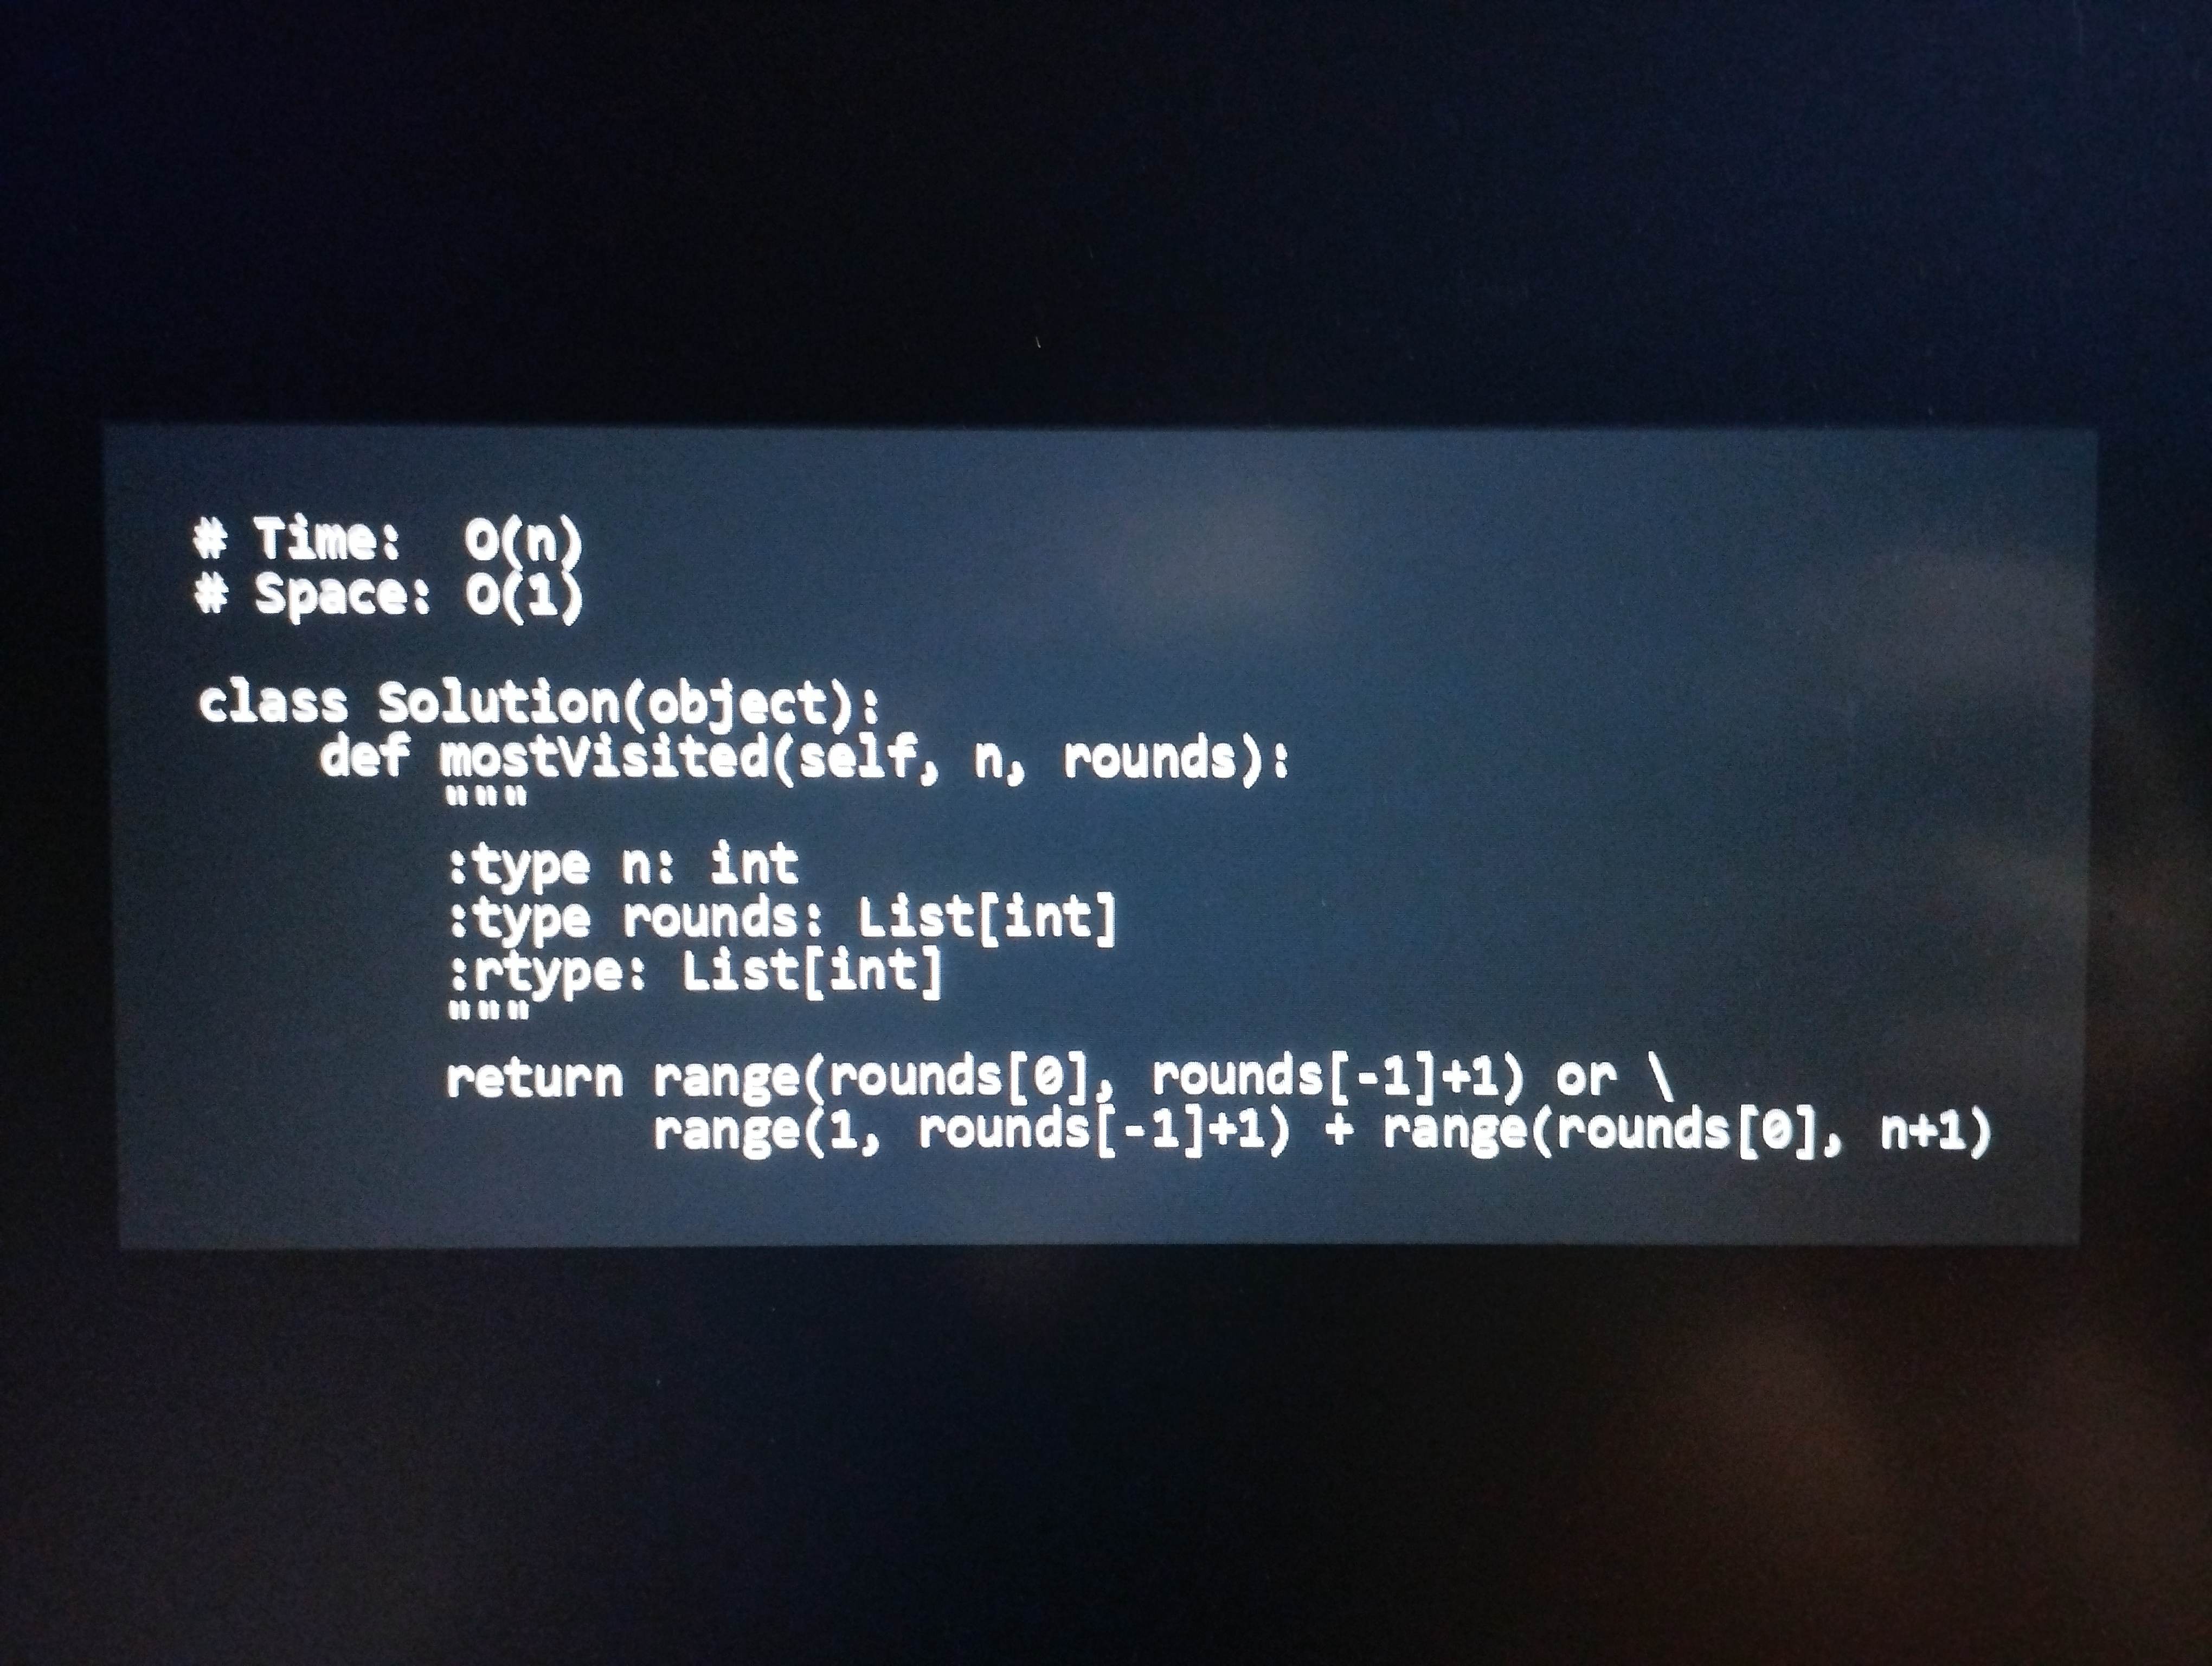
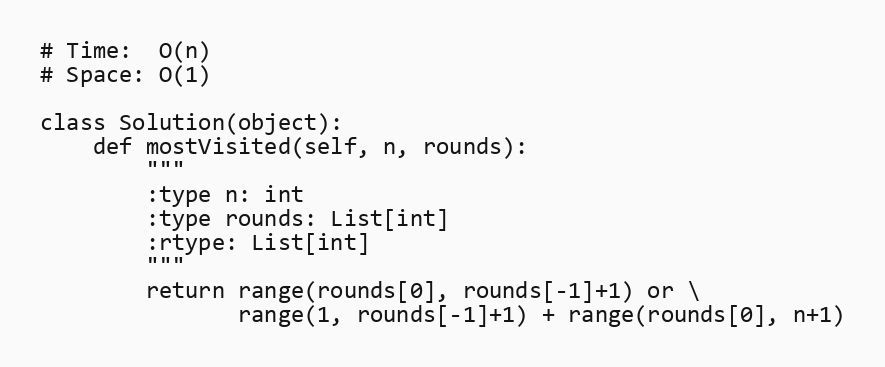
# Time:  O(n)
# Space: O(1)

class Solution(object):
    def mostVisited(self, n, rounds):
        """
        :type n: int
        :type rounds: List[int]
        :rtype: List[int]
        """
        return range(rounds[0], rounds[-1]+1) or \
               range(1, rounds[-1]+1) + range(rounds[0], n+1)